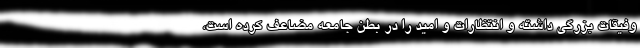
وفیقات بزرگی داشته و انتظارات و امید را در بطن جامعه مضاعف کرده است،